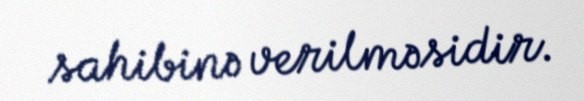
sahibinə verilməsidir.